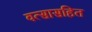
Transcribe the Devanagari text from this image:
वत्सासहित